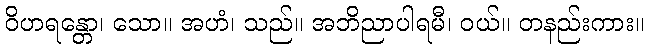
ဝိဟရန္တော၊ သော။ အဟံ၊ သည်။ အဘိညာပါရမီ၊ ဝယ်။ တနည်းကား။